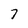
Character: 7